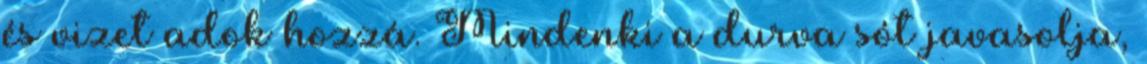
és vizet adok hozzá. Mindenki a durva sót javasolja,